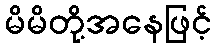
မိမိတို့အနေဖြင့်